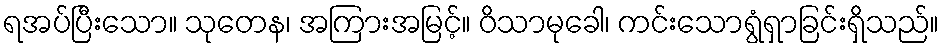
ရအပ်ပြီးသော။ သုတေန၊ အကြားအမြင့်။ ဝိသာမုခေါ၊ ကင်းသောရွံရှာခြင်းရှိသည်။